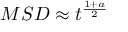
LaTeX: M S D \approx t ^ { \frac { 1 + a } { 2 } }